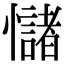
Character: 𢥃